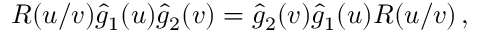
R ( u / v ) \hat { g } _ { 1 } ( u ) \hat { g } _ { 2 } ( v ) = \hat { g } _ { 2 } ( v ) \hat { g } _ { 1 } ( u ) R ( u / v ) \, ,